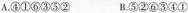
A.④①⑥③⑤② B.⑤②⑥③④①